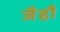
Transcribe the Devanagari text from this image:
जैहौं